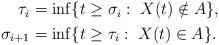
LaTeX: \begin{align*}\begin{aligned}\tau_i&=\inf\{t\geq \sigma_i:\; X(t)\notin A\},\\\sigma_{i+1}&=\inf\{t\geq \tau_i:\; X(t)\in A\}.\end{aligned}\end{align*}